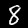
Digit: 8